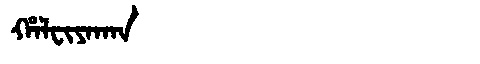
Manchu: ᡥᠠᠯᠸᡳᠶᠠᡴᠠᠨ
Romanization: HALFIYAKAN